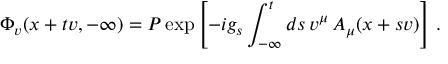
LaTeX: \Phi _ { v } ( x + t v , - \infty ) = P \exp \left[ - i g _ { s } \int _ { - \infty } ^ { t } d s \, v ^ { \mu } \, A _ { \mu } ( x + s v ) \right] \, .